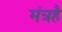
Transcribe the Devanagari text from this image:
मंत्रहै